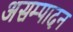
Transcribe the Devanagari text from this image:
असम्पादन